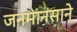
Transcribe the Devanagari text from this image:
जनमानसाने